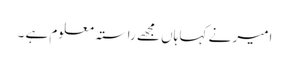
امیر نے کہا ہاں مجھے راستہ معلوم ہے ۔